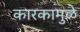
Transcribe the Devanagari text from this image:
कारकामुळे